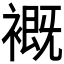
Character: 𧜳